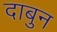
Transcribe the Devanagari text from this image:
दाबुन